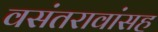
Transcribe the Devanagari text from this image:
वसंतरावांसह